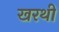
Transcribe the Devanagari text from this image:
खरथी